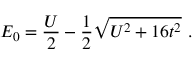
E _ { 0 } = \frac { U } { 2 } - \frac { 1 } { 2 } \sqrt { U ^ { 2 } + 1 6 t ^ { 2 } } \ .